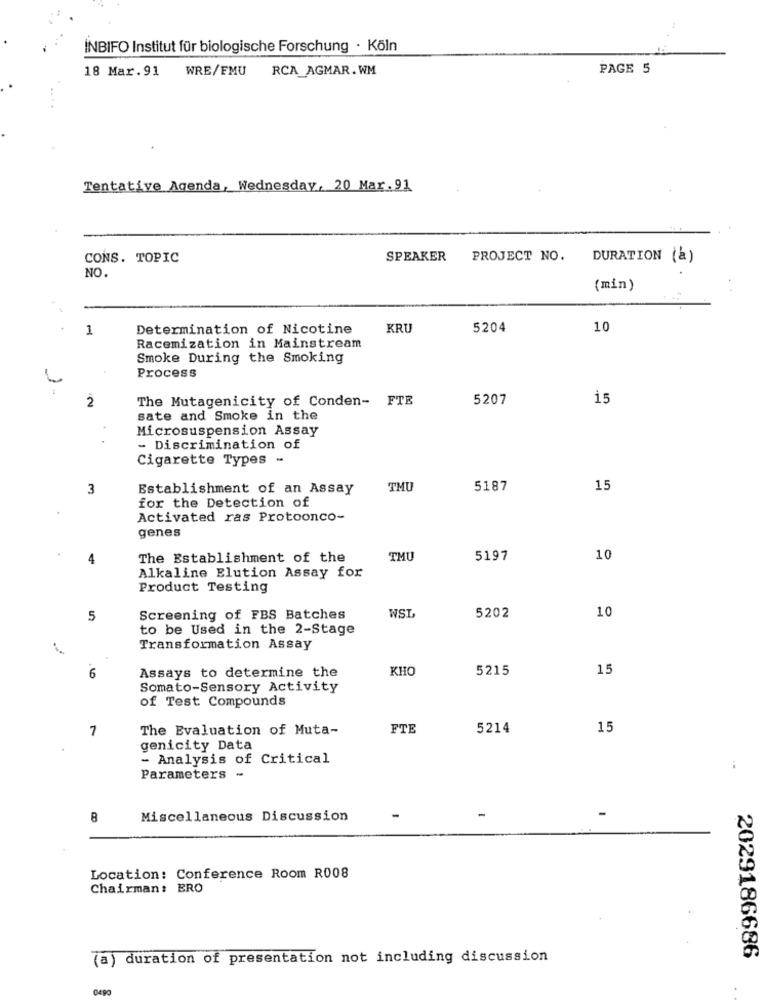
INBIFO Institut für biologische Forschung · Köln
18 Mar.91
WRE/FMU
RCA_AGMAR. WM
PAGE 5
Tentative Agenda, Wednesday, 20 Mar.91
CONS. TOPIC
SPEAKER PROJECT NO.
DURATION (a)
NO.
(min)
1
Determination of Nicotine
KRU
5204
10
Racemization in Mainstream
Smoke During the Smoking
Process
2
The Mutagenicity of Conden- FTE
5207
15
sate and Smoke in the
4
Microsuspension Assay
- Discrimination of
Cigarette Types -
3
Establishment of an Assay
THU
5187
15
for the Detection of
Activated ras Protoonco-
genes
4
The Establishment of the
TMU
5197
10
Alkaline Elution Assay for
Product Testing
WST,
5
Screening of FBS Batches
5202
10
to be Used in the 2-Stage
Transformation Assay
6
Assays to determine the
KHO
5215
15
Somato-Sensory Activity
of Test Compounds
7
The Evaluation of Muta-
FTE
5214
15
genicity Data
- Analysis of Critical
Parameters -
8
Miscellaneous Discussion
Location: Conference Room R008
Chairman : BRO
(a) duration of presentation not including discussion
2029186686